Problem: 5 × 7 = ?
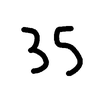
Handwritten answer: 35